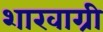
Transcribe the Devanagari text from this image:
शाखाग्री